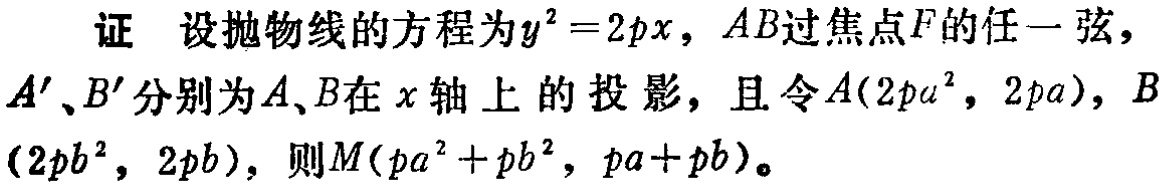
证 设抛物线的方程为\(y^{2}=2px\)，\(AB\)过焦点\(F\)的任一弦，\(A'\)、\(B'\)分别为\(A\)、\(B\)在\(x\)轴上的投影，且令\(A(2pa^{2},2pa)\)，\(B(2pb^{2},2pb)\)，则\(M(pa^{2}+pb^{2},pa + pb)\)。